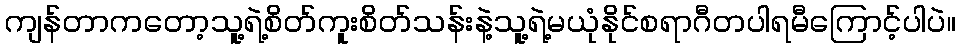
ကျန်တာကတော့သူ့ရဲ့စိတ်ကူးစိတ်သန်းနဲ့သူ့ရဲ့မယုံနိုင်စရာဂီတပါရမီကြောင့်ပါပဲ။